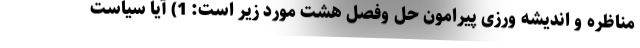
مناظره و اندیشه ورزی پیرامونِ حل وفصلِ هشت مورد زیر است: 1) آیا سیاستِ